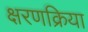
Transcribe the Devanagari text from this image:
क्षरणक्रिया